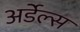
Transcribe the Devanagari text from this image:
अर्डेल्स